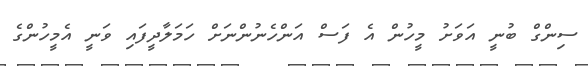
ސިންގް ބުނީ އަވަށު މީހުން އެ ފަސް އަންހެނުންނަށް ހަމަލާދީފައި ވަނީ އެމީހުންގެ